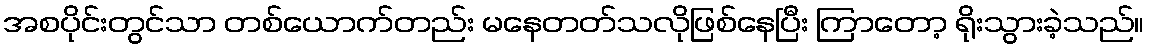
အစပိုင်းတွင်သာ တစ်ယောက်တည်း မနေတတ်သလိုဖြစ်နေပြီး ကြာတော့ ရိုးသွားခဲ့သည်။